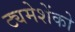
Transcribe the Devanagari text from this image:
ट्यमेशेंको